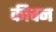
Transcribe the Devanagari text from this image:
कीचन